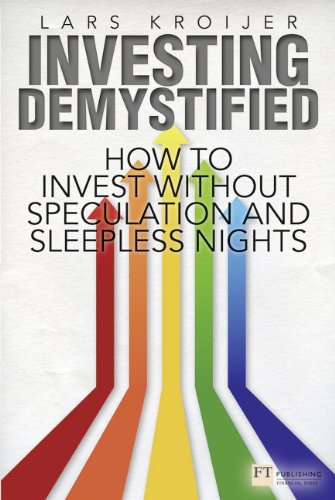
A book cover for Investing Demystified: How to Invest Without Speculation and Sleepless Nights (Financial Times Series); Lars Kroijer; Business & Money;